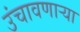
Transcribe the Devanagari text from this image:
उंचावणार्‍या